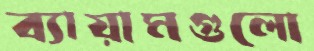
ব্যায়ামগুলো